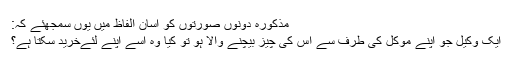
مذکورہ دونوں صورتوں کو آسان الفاظ میں یوں سمجھئے کہ:
ایک وکیل جو اپنے مؤکل کی طرف سے اس کی چیز بیچنے والا ہو تو کیا وہ اُسے اپنے لئےخرید سکتا ہے؟